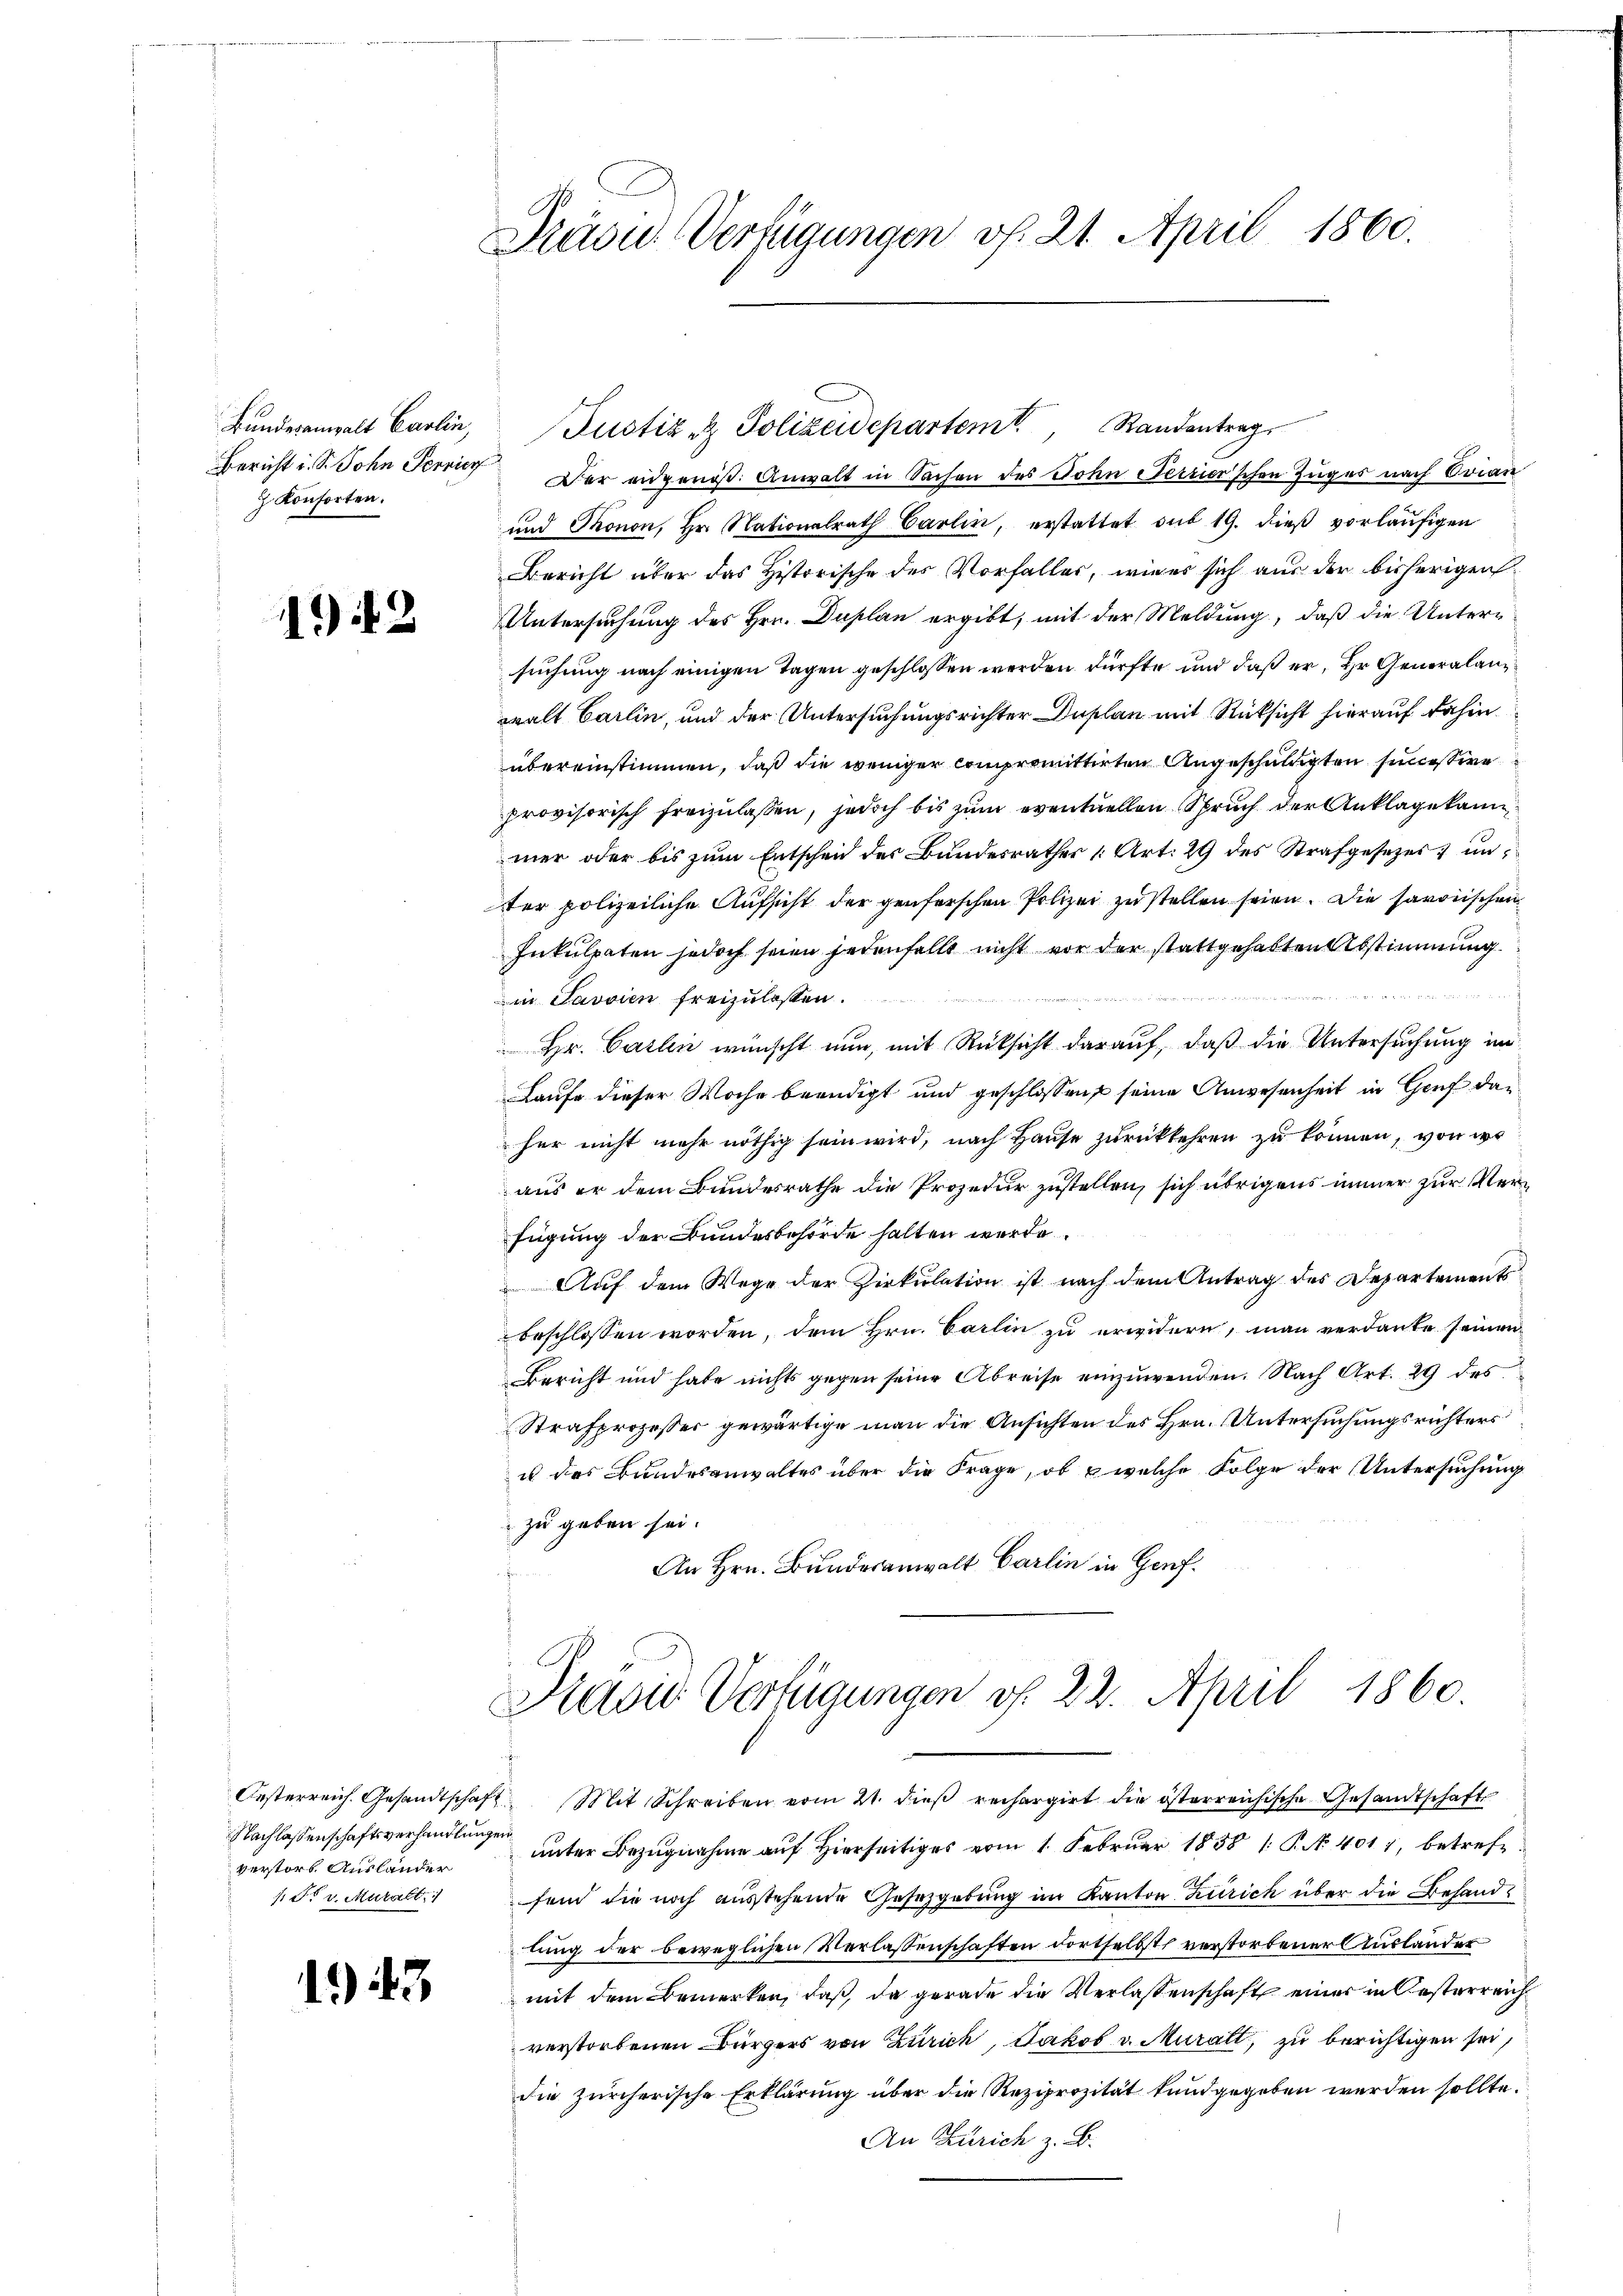
Bundesanwalt Carlin,
 Konsorten.

1943

Nachlassenschaftsverhandlungen
verstorb. Ausländer
1 Fr. v. Muralt.

1943

Präsu. Verfügungen vf. 21. April 1860.

Justiz & Polizeidepartemt. Standentrag
Bericht u. S. John Frey Der eidgenöβ: Anwalt in Sachen des Sohn Terrier'schen Zuges nach Evian
und Thonon, Hr. Nationalrath Carlin, erstattet sub 19. dieß vorläufigen
Bericht über das Historische des Vorfallers, wie er sich aus der bisherigen
Untersuchung des Hrn. Duplan ergibt, mit der Meldung, daß die Untersuchung nach einigen Tagen geschlossen werden dürfte und daß er, Hr. Generalanwalt Carlin, und der Untersuchungsrichter Duplan mit Rücksicht hierauf dahin
übereinstimmen, daß die weniger compromittirten Angeschuldigten successire
provisorisch freizulassen, jedoch bis zum eventuellen Spruch der Anklage kann
mer oder bis zum Entscheid des Bundesrathes [Art. 29 des Strafgesezes & unter polizeiliche Aufsicht der genferschen Polizei zu stellen seien. Die savonischen
Inkulpaten jedoch seien jedenfalls nicht vor der stattgehabten Abstimmung
in Javvien freizulassen.
 Hr. Carlin wünscht nun, mit Rücksicht darauf, daß die Untersuchung im
Laufe dieser Woche beendigt und geschlossen seine Anwesenheit in Genf dan
her nicht mehr nöthig sein wird, nach Hause zurückkehren zu können, von wo
aus er dem Bundesrathe die Prozedur zustellen, sich übrigens immer zur Verfügung der Bundesbehörde halten werde.
Auf dem Wege der Zirkulation ist nach dem Antrag des Departement
beschlossen worden, dem Hrn. Carlin zu erwidern, man verdanke seinen
Bericht und habe nichts gegen seine Abreise einzuwenden. Nach Art. 29 des
Strafprozesser gewärtige man die Ansichten des Hrn. Untersuchungsrichters
us des Bundesanwaltes über die Frage, ob & welche Folge der Untersuchung
zu geben sei.
An Hrn. Bunderanwalt Carlin in Hof.

Prasio Verfügungen d. 22. April 1860.
Oesterreich. Gesandtschaft Mit Schreiben vom 21. dieß rechargirt die österreichische Gesandtschaft

unter Bezugnahme auf Hierseits vom 1. Februar 1858 1: P. N. 4017, betrefefend die noch ausstehende Gesetzgebung im Kanton Zürich über die Behandlung der beweglichen Verlassenschaften dortselbst verstorbener Auslander
mit dem Bemerken, daß, da gerade die Verlassenschaft einer in Oesterreich
verstorbenen Bürgers von Zürich, Jakob v. Muralt, zu berichtigen sei,
die zürcherische Erklärung über die Reziprozität kundgegeben werden sollte.
An Zürich z. B.